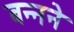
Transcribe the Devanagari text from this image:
बन्नने